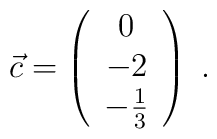
\vec{c}= \left(                \begin{array}{c}                0 \\                -2 \\                -\frac{1}{3} \\                \end{array}                \right)\; .